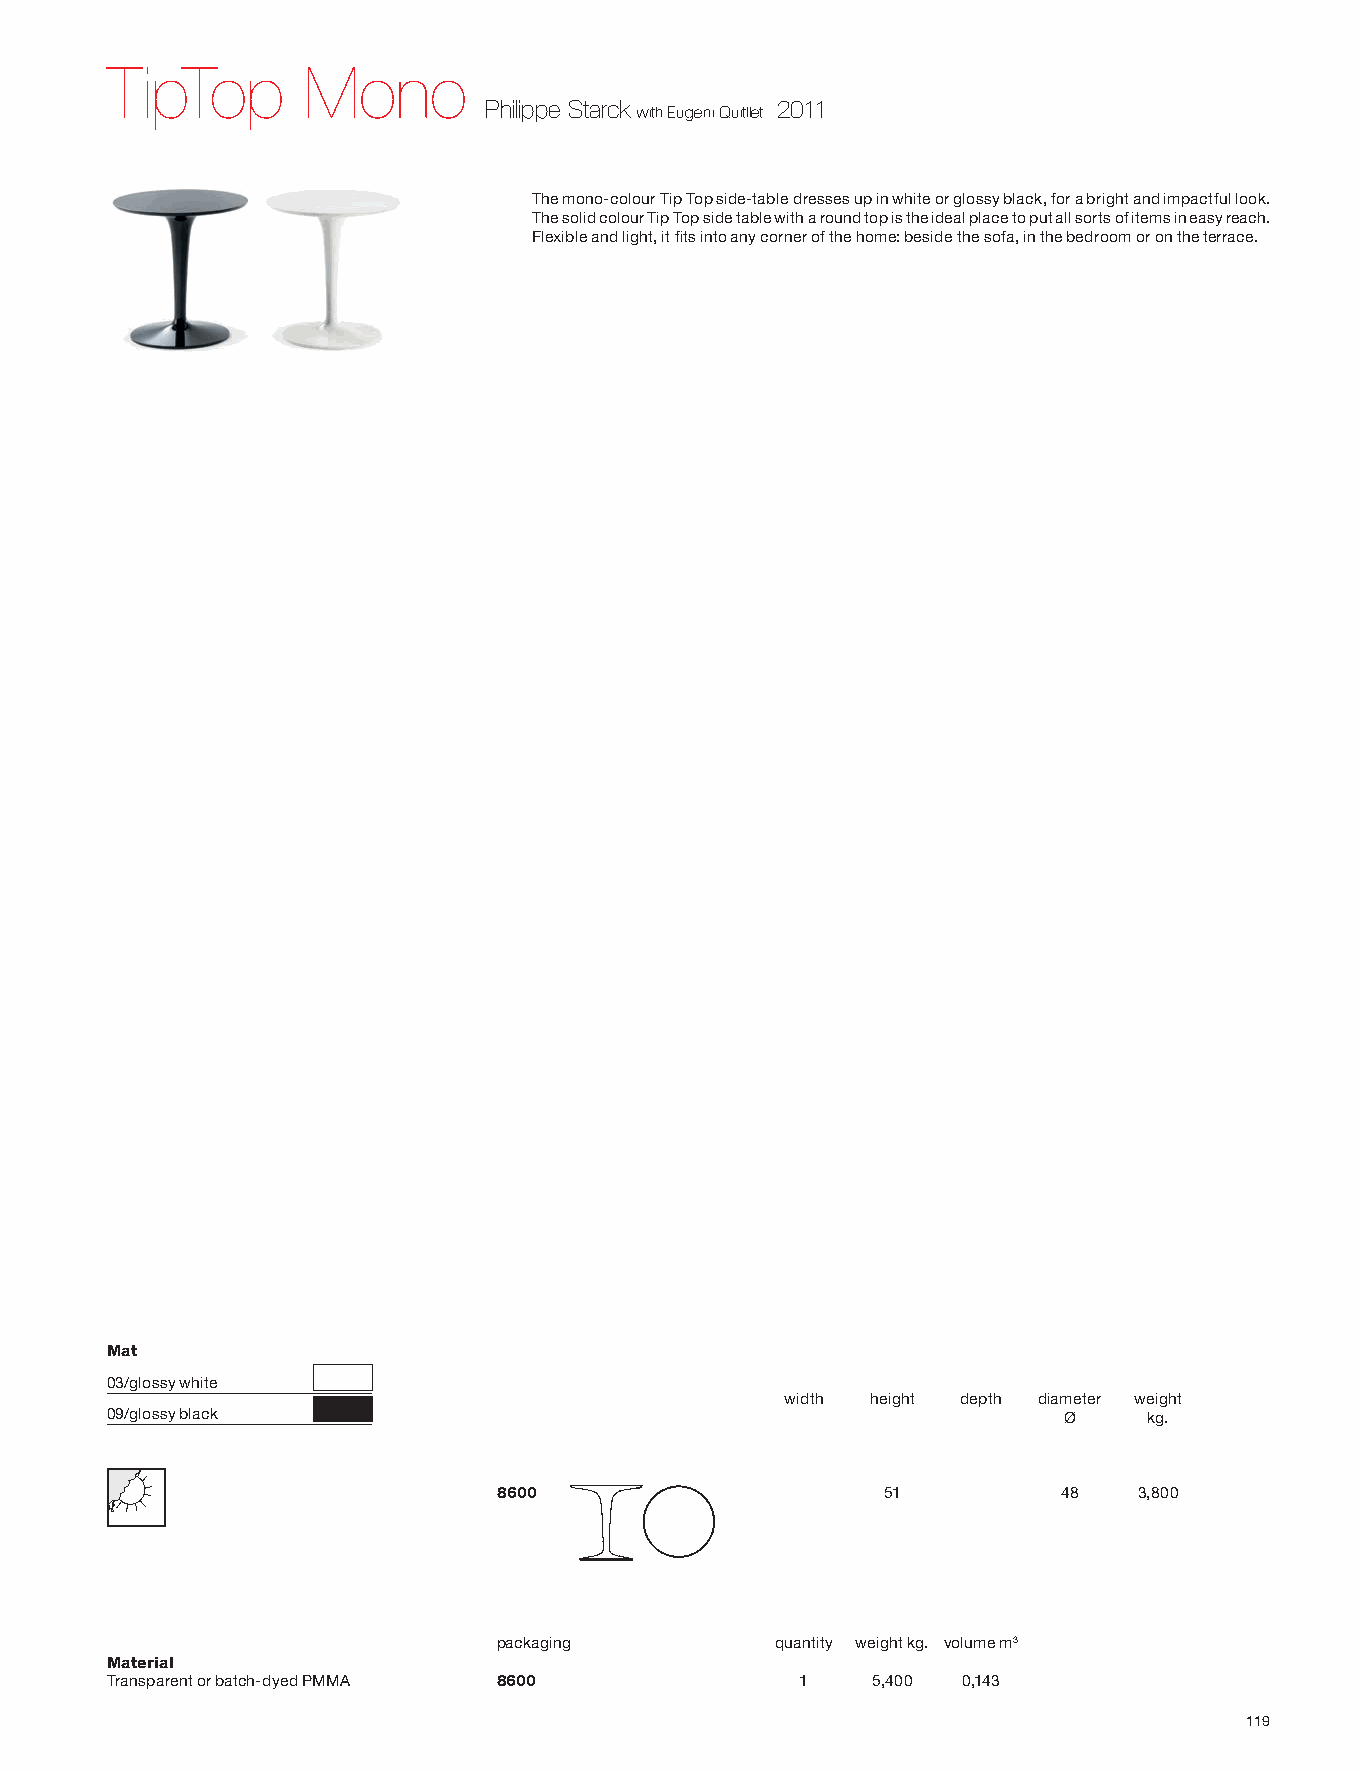
INGLESE GEN                                                                              INGLESE GEN
 TipTop       Mono
 Philippe Starck    2011
 with Eugeni Quitllet
 The mono-colour Tip Top side-table dresses up in white or glossy black, for a bright and impactful look.
 The solid colour Tip Top side table with a round top is the ideal place to put all sorts of items in easy reach.
 Flexible and light, it fits into any corner of the home: beside the sofa, in the bedroom or on the terrace.
 Mat
 03/glossy white
 width height depth diameter weight
 09/glossy black                                                Ø     kg.
 8600                     51          48   3,800
 packaging         quantity weight kg. volume m3
 Material
 Transparent or batch-dyed PMMA 8600           1    5,400 0,143
 119